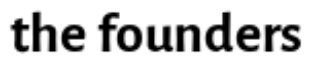
the founders